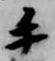
手